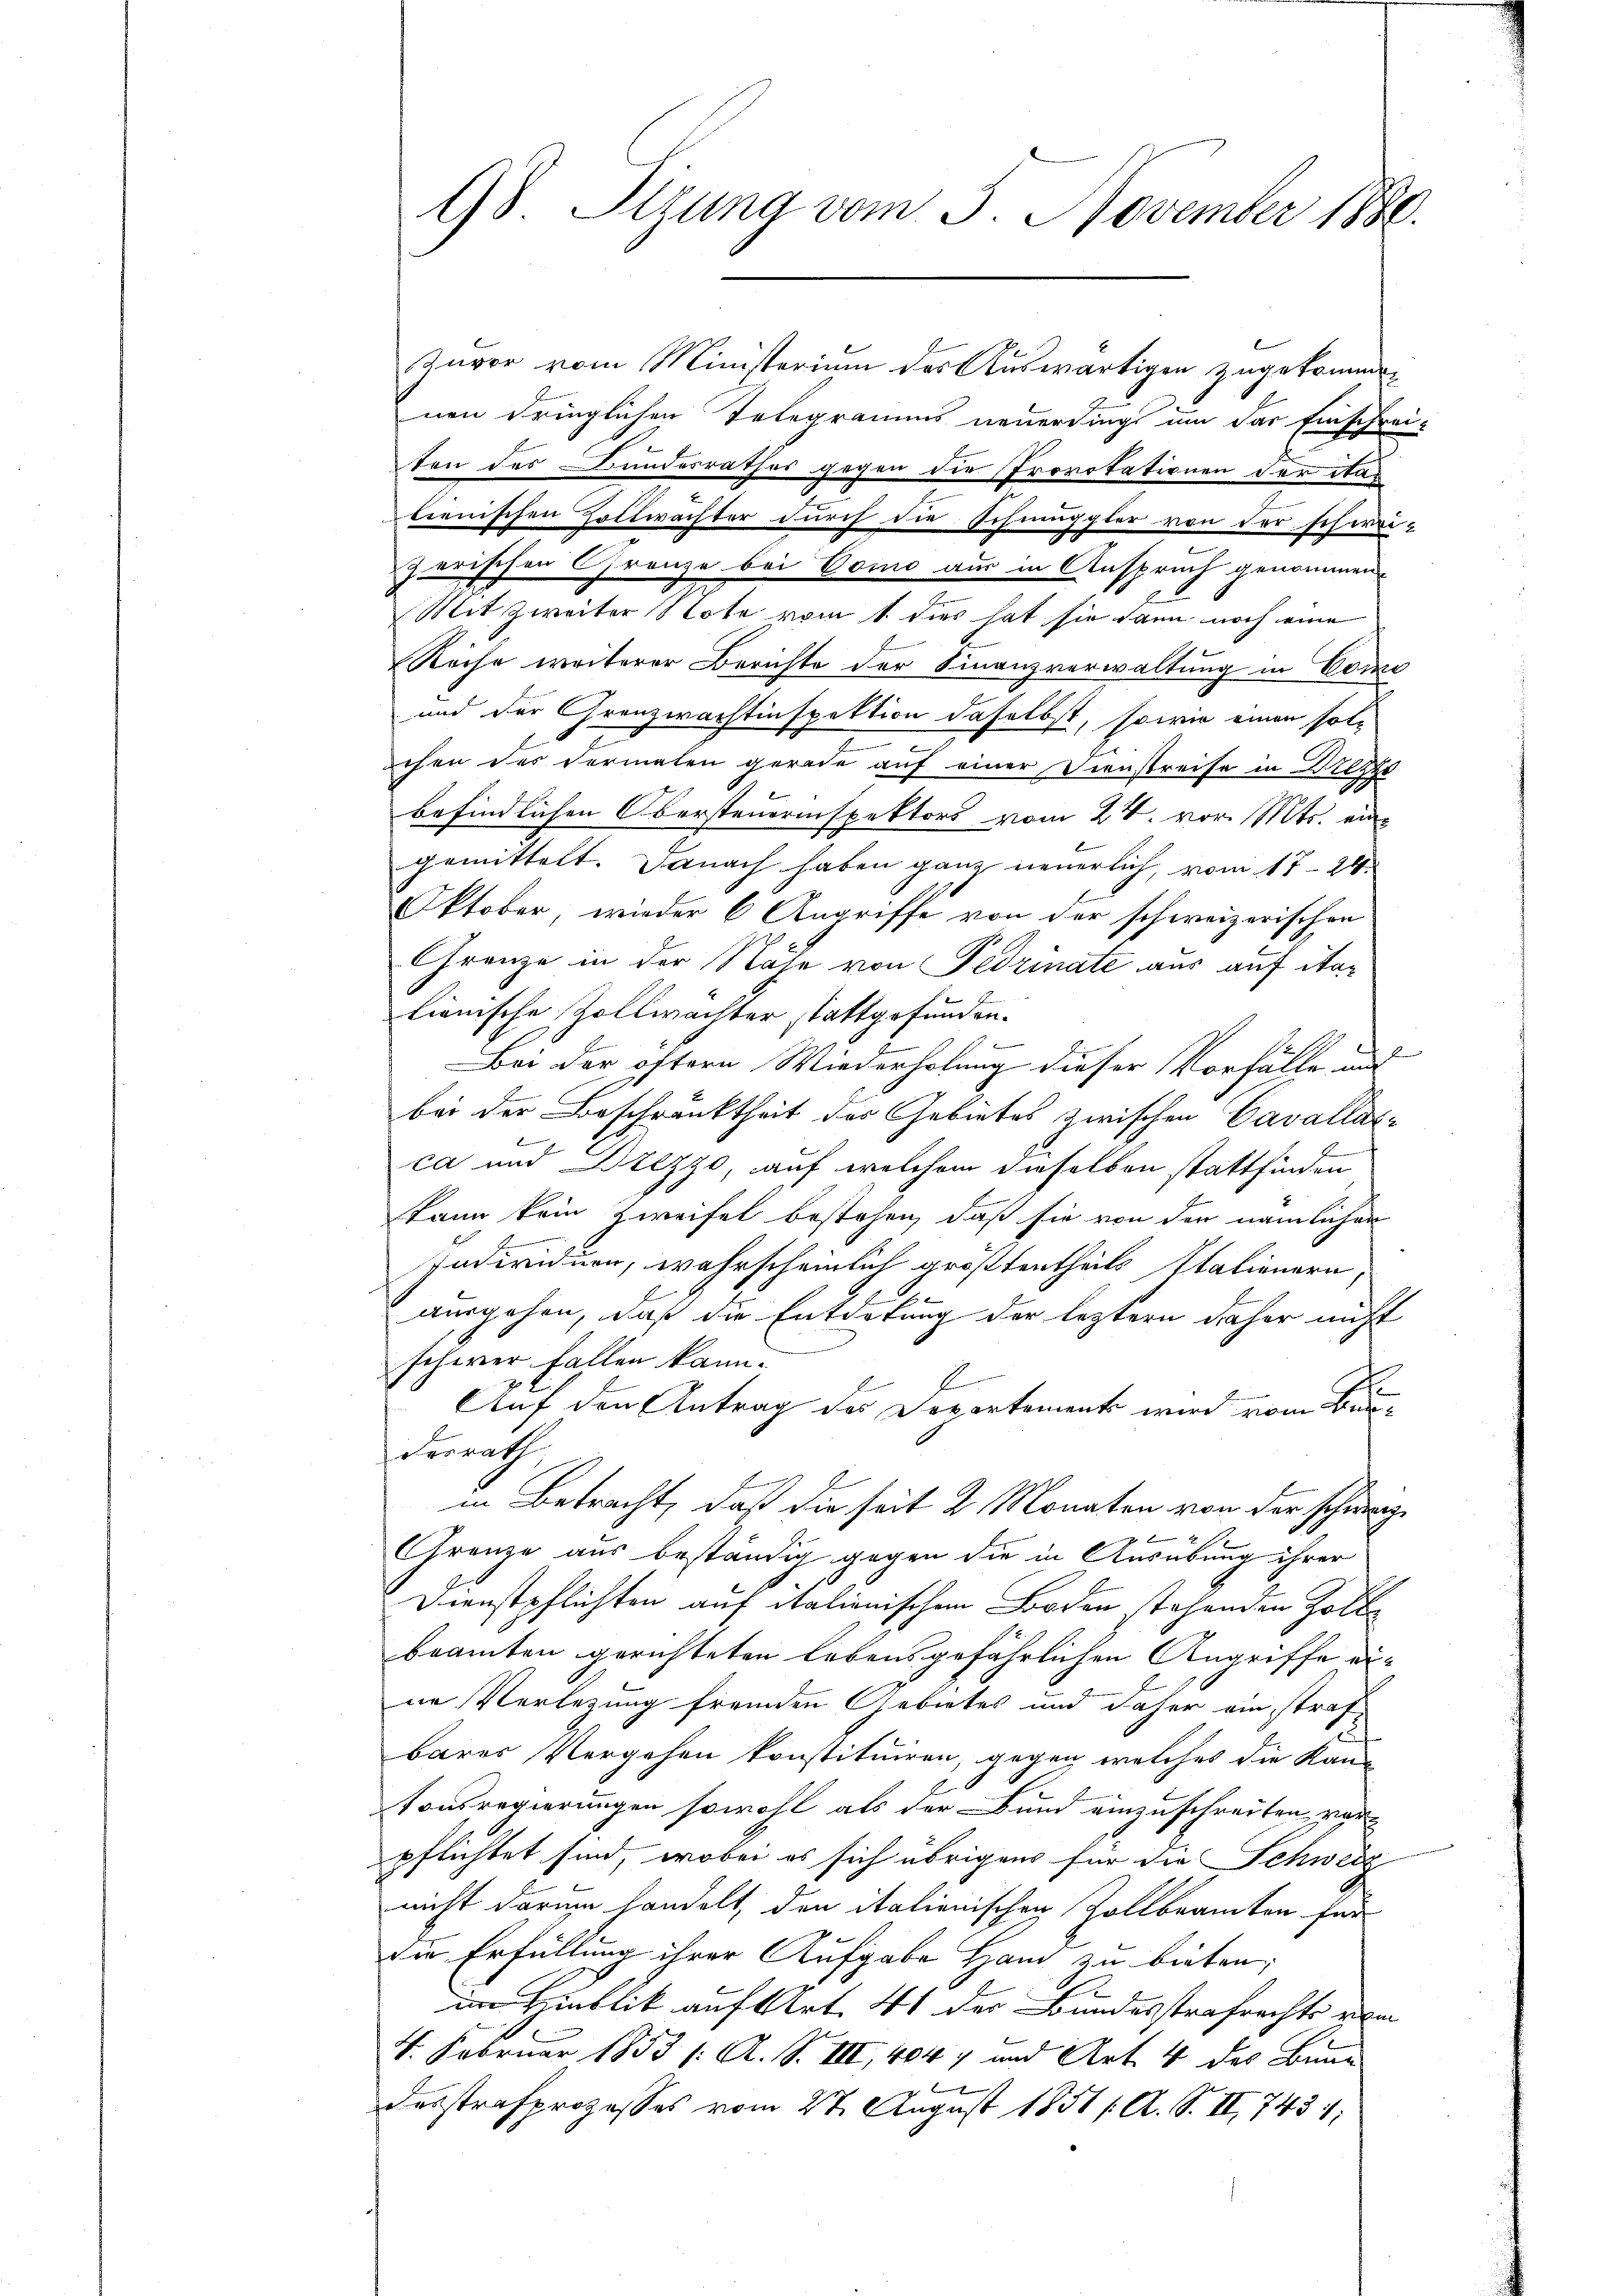
98. Sizung vom 5. November 1880.

Zuvor vom Ministerium des Auswärtigen zugekommen
nen dringlichen Telegramms neuerdings um das Einschrei-
ten des Bundesrathes gegen die Provokationen der Stae
lienischen Holtwächter durch die Schmuggler von der schei-
zerischen Gränze bei Como aus in Anspruch genommen.
Mit Zweiter Note vom 1. dies hat sie dann noch eine
Reihe weiterer Berichte der Finanzverwaltung in Come
und der Grenzwachtinspektion daselbst, sowie einen solchen des Formalen gerade auf einer Dienstreife in Drezz
befindlichen Obersteuerinspektors vom 24. vor. Mts. eine
gemittelt. Danach haben ganz neuerlich, vom 17. 24.
Oktober wieder 6 Angriffe von der schweizerischen
Gränze in der Nähe von Fedrinate aus auf Stalienische Zollwachter stattgefunden.
Bei der öftern Wiederholung dieser Vorfälle und
bei der Beschränktheit des Gebietes zwischen Cavallas-
b
ca und Drezzo, auf welchem dieselben stattfinden
kann kein Zweifel bestehen, daß sie von den nämlichen
¬
Individuen, wahrscheinlich größtertheils Italienera-
n
ausgehen, daß die Entdekung der leztern daher nicht
schwer Fallen kann.
Auf den Antrag des Departement wird vom Bunschenrath
in Betracht, daß die seit 2 Monaten von der schwarze
Grenze aus beständig gegen die in Ausübung ihrer
Dienstpflichten auf italienischen Boden stehenden Zoll
beamten gerichteten Lebensgefährlichen Angriffe ei-
ne Verlegung fremden Gebietes und daher einstrafbarer Vergehen konstituiren, gegen welches die Kan
tonsregierungen sowohl als der Bund einzuschreiten, war
pflichtet sind, wobei es sich übrigens für die Schweiz
nicht darum handelt, den italienischen Zollbeamten für
die Erfüllung ihrer Aufgabe Hand zu bieten;
im Hinblik auf Art. 41 der Bundesstrafrechts vom
4. Februar 1853 /: A. S. III, 4047 und Art. 4 des Baue
desstrafprozesses vom 27. August 1851 /A. S. II, 7431;
.